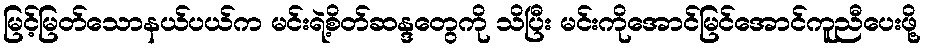
မြင့်မြတ်သောနယ်ပယ်က မင်းရဲ့စိတ်ဆန္ဒတွေကို သိပြီး မင်းကိုအောင်မြင်အောင်ကူညီပေးဖို့